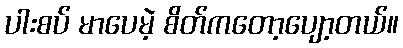
ပါးစပ် မာပေမဲ့ စိတ်ကတော့ပျော့တယ်။